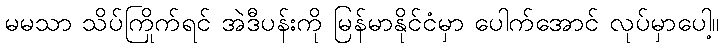
မမသာ သိပ်ကြိုက်ရင် အဲဒီပန်းကို မြန်မာနိုင်ငံမှာ ပေါက်အောင် လုပ်မှာပေါ့။